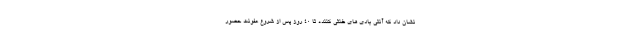
نشان داد که آنتی بادی های خنثی کننده تا ۴۰ روز پس از شروع عفونت حضور